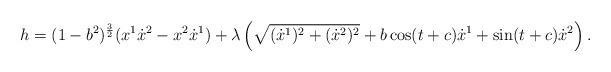
LaTeX: \begin{align*}h=(1-b^2)^{\frac{3}{2}}(x^{1}\dot{x}^{2}-x^{2}\dot{x}^{1})+\lambda\left( \sqrt{(\dot{x}^{1})^2+(\dot{x}^{2})^2}+b\cos(t+c) \dot{x}^1 + \sin (t+c) \dot{x}^2\right). \end{align*}